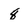
Character: 8